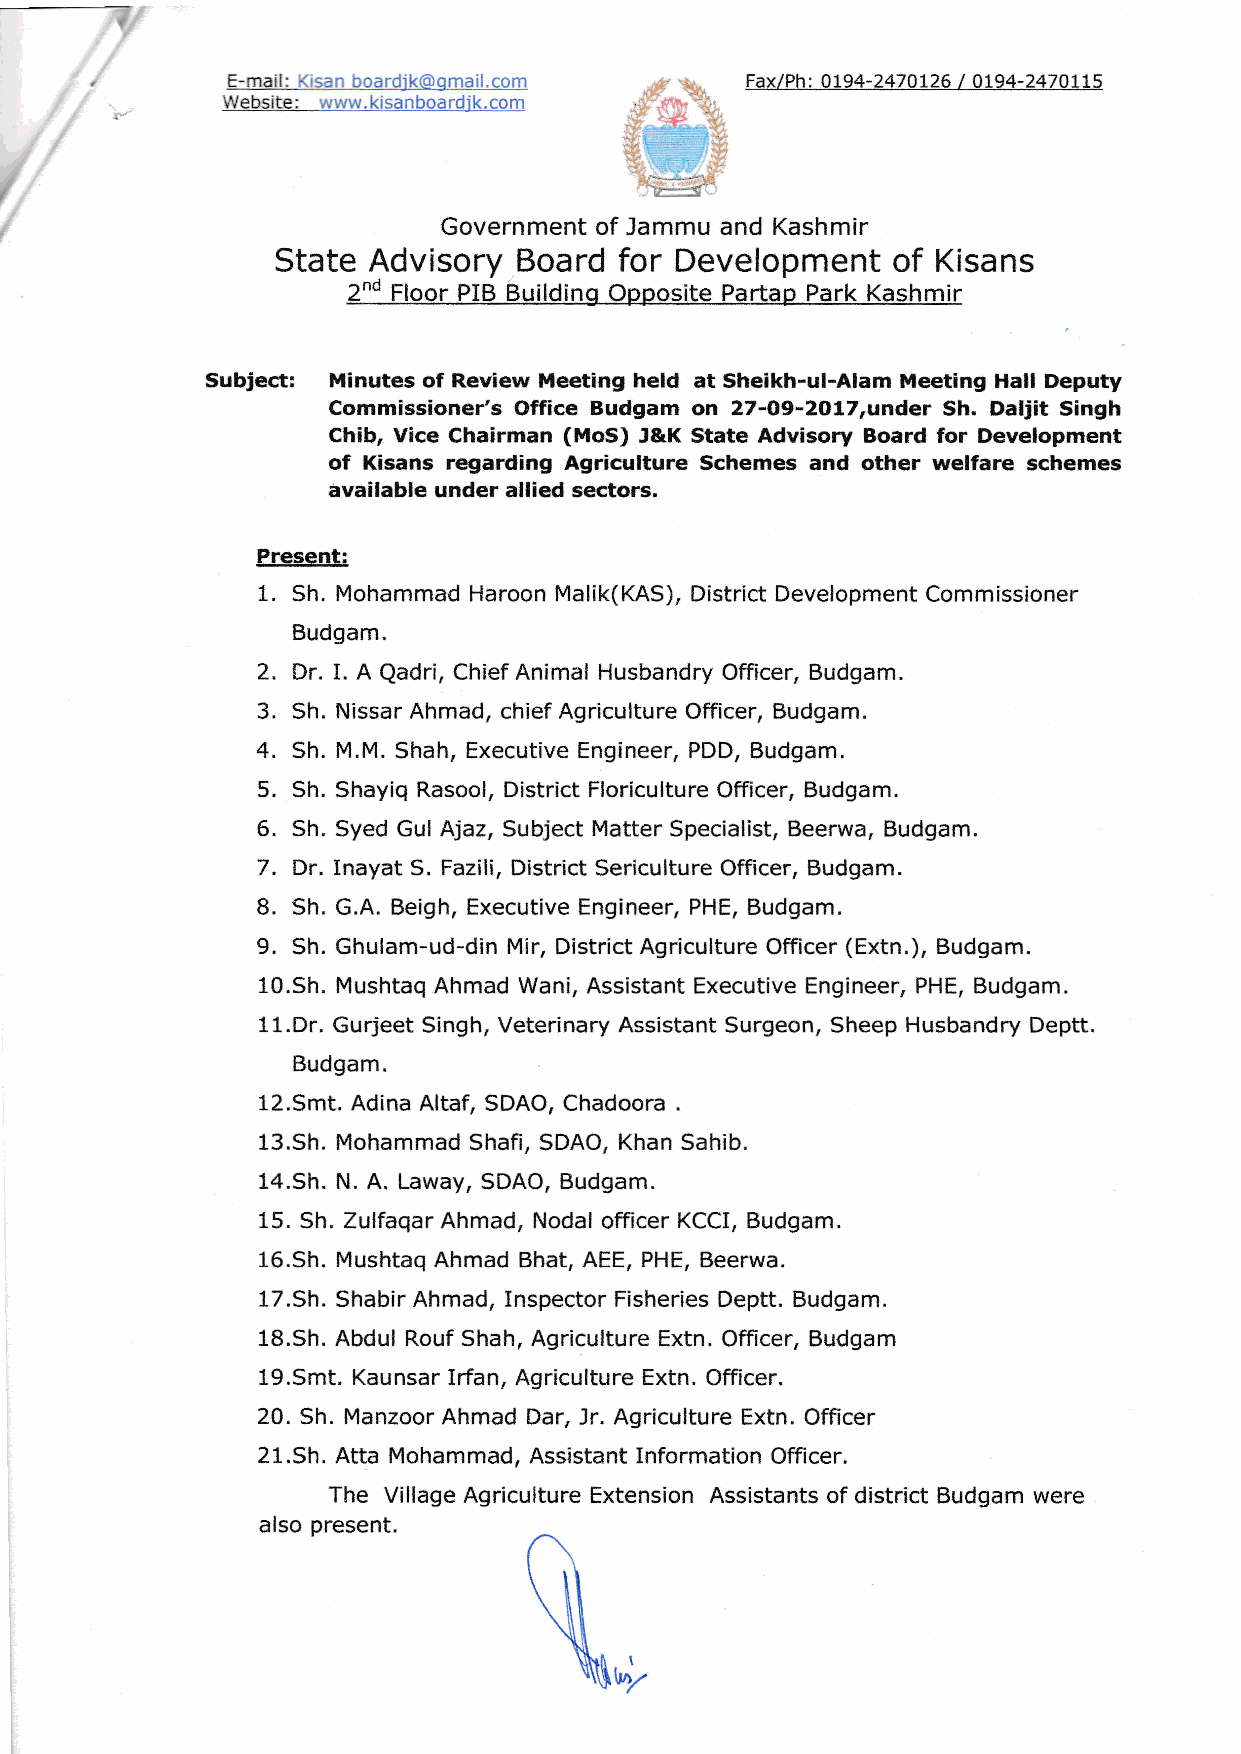
t
 tr,m:                             Fax/Ph: O194-247OL26 / Ol94-2470L15
 .,* -l
 Government of Jammu and Kashmir
 State Advisory  Board  for Development   of Kisans
 2nd Floor PIB Building Opposite Partap Park Kashmir
 Subject: Minutes of Review Meeting held at Sheikh-ul-Alam Meeting Hall Deputy
 Commissioner's Office Budgam on 27-A9-2o17,under Sh. Daljit Singh
 Chib, Vice Chairman (MoS) J&K State Advisory Board for Development
 of Kisans regarding Agriculture Schemes and other welfare schemes
 available under allied sectors.
 Present:
 1. Sh. Mohammad Haroon Malik(KAS), District Development Commissioner
 Budgam.
 2. Dr. I. A Qadri, Chief Animal Husbandry Officer, Budgam.
 3. Sh. Nissar Ahmad, chief Agriculture Officer, Budgam.
 4. Sh. M.M. Shah, Executive Engineer, PDD, Budgam.
 5. Sh. Shayiq Rasool, District Floriculture Officer, Budgam.
 6. Sh. Syed Gul Ajaz, Subject Matter Specialist, Beerwa, Budgam.
 7. Dr.Inayat S. Fazili, District Sericulture Officer, Budgam.
 8. Sh. G.A. Beigh, Executive Engineer, PHE, Budgam.
 9. Sh. Ghulam-ud-din Mir, District Agriculture Officer (Extn.), Budgam.
 10.Sh. Mushtaq Ahmad Wani, Assistant Executive Engineer, PHE, Budgam.
 11.Dr. Gurjeet Singh, Veterinary Assistant Surgeon, Sheep Husbandry Deptt.
 Budgam.
 12.Smt. Adina Altaf, SDAO, Chadoora
 .
 13.Sh. Mohammad Shafi, SDAO, Khan Sahib.
 14.Sh. N. A. Laway, SDAO, Budgam.
 15. Sh. Zulfaqar Ahmad, Nodal officer KCCI, Budgam.
 16.Sh. Mushtaq Ahmad Bhat, AEE, PHE, Beerwa.
 17.Sh. Shabir Ahmad, Inspector Fisheries Deptt. Budgam.
 18.Sh. Abdul Rouf Shah, Agriculture Extn. Officer, Budgam
 19.Smt. Kaunsar lrfan, Agriculture Extn. Officer.
 20. Sh. Manzoor Ahmad Dar, Jr. Agriculture Extn. Officer
 21.Sh. Atta Mohammad, Assistant Information Officer.
 The Village Agriculture Extension Assistants of district Budgam were
 also present.
 I
 ln7